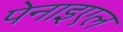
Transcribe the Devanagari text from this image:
पेनाइएल